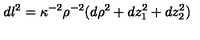
d l ^ { 2 } = \kappa ^ { - 2 } \rho ^ { - 2 } ( d \rho ^ { 2 } + d z _ { 1 } ^ { 2 } + d z _ { 2 } ^ { 2 } )